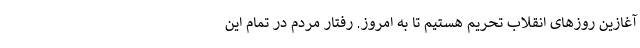
آغازین روزهای انقلاب تحریم هستیم تا به امروز. رفتار مردم در تمام این